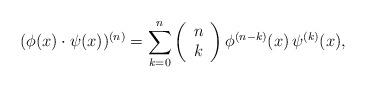
LaTeX: \begin{align*}{(\phi (x) \cdot \psi (x))^{(n)}} = \sum\limits_{k = 0}^n {\left( \begin{array}{c}n\\k\end{array} \right)} \,{\phi ^{(n - k)}}(x)\,{\psi ^{(k)}}(x),\end{align*}